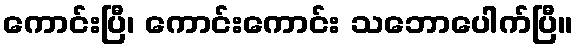
ကောင်းပြီ၊ ကောင်းကောင်း သဘောပေါက်ပြီ။